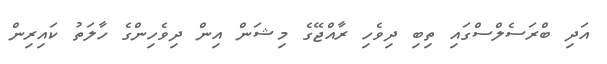
އަދި ބްރަސެލްސްގައި ތިބި ދިވެހި ރާއްޖޭގެ މިޝަން އިން ދިވެހިންގެ ހާލަތު ކައިރިން